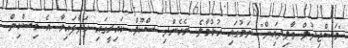
"މަސްޖިދުލް ވާލިދައިން" ނަމުގައި ހުޅުމާލެ ރެހެންދި ސްކޫލް ކައިރީގައި ހަދާފައިވާ އެ މިސްކިތް